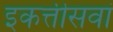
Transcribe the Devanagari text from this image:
इकत्तीसवां